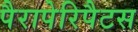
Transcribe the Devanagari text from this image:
पैरापेरिपैटस